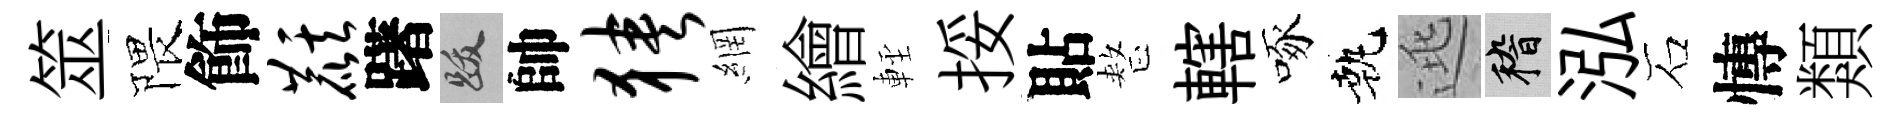
筮隈飾麒躇跋帥狭網繪䡖挼貼整轄啄執逃稽泓石慱類